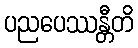
ပညပေဿန္တီတိ